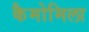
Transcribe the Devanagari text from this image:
कैमोमिला